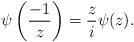
LaTeX: \begin{align*}\psi\left(\frac{-1}{z}\right)=\frac{z}{i}\psi(z).\end{align*}